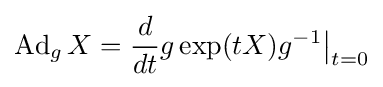
\operatorname {Ad} _{g}X={\frac {d}{dt}}g\exp(tX)g^{-1}{\bigl |}_{t=0}